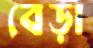
বেড়া